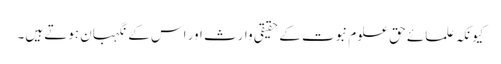
کیونکہ علمائے حق علوم نبوت کے حقیقی وارث اور اس کے نگہبان ہوتے ہیں۔